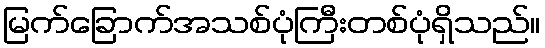
မြက်ခြောက်အသစ်ပုံကြီးတစ်ပုံရှိသည်။